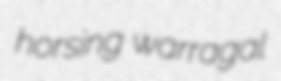
horsing warragal